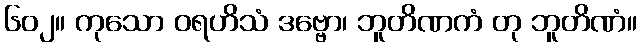
၆၀၂။ ကုသော ဝရဟိသံ ဒဗ္ဗော၊ ဘူတိဏကံ တု ဘူတိဏံ။